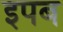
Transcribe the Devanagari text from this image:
इपब